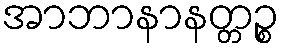
အာဘာနာနတ္တဉ္စ